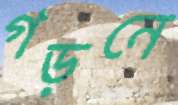
গড়নে